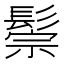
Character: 鬃